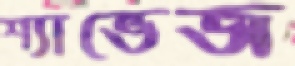
শ্যাভেজ